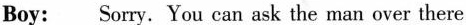
Boy: Sorry. You can ask the man over there.